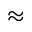
\approx